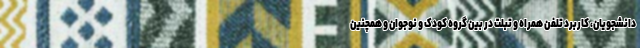
دانشجویان، کاربرد تلفن همراه و تبلت در بین گروه کودک و نوجوان و همچنین